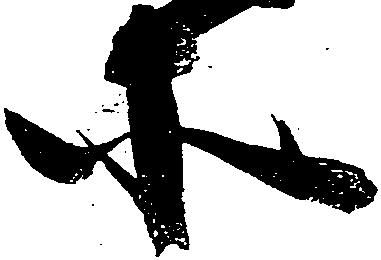
等